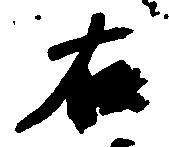
右